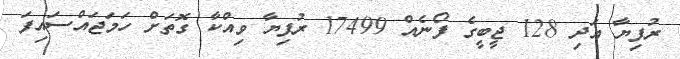
ރުފިޔާ އަދި 128 ޖީބީގެ ފޯނެއް 17499 ރުފިޔާ ވިއްކާ ގޮތަށް ހަމަޖައްސައިފަ